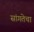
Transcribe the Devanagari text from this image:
सांगतेचा